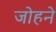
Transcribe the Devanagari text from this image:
जोहने